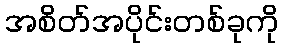
အစိတ်အပိုင်းတစ်ခုကို